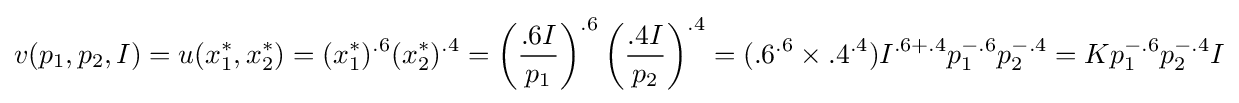
v(p_{1},p_{2},I)=u(x_{1}^{*},x_{2}^{*})=(x_{1}^{*})^{.6}(x_{2}^{*})^{.4}=\left({\frac {.6I}{p_{1}}}\right)^{.6}\left({\frac {.4I}{p_{2}}}\right)^{.4}=(.6^{.6}\times .4^{.4})I^{.6+.4}p_{1}^{-.6}p_{2}^{-.4}=Kp_{1}^{-.6}p_{2}^{-.4}I